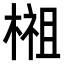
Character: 𣗿